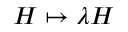
H \mapsto \lambda H